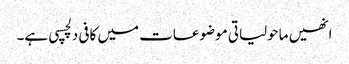
انھیں ماحولیاتی موضوعات میں کافی دلچسپی ہے۔